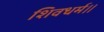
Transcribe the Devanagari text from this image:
शिवधर्म।।